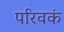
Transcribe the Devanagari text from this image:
परिवकं